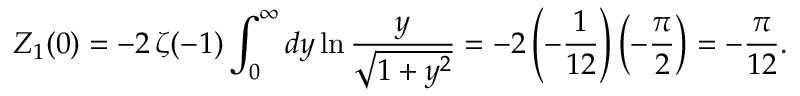
Z _ { 1 } ( 0 ) = - 2 \, \zeta ( - 1 ) \int _ { 0 } ^ { \infty } d y \ln \frac { y } { \sqrt { 1 + y ^ { 2 } } } = - 2 \left( - \frac { 1 } { 1 2 } \right) \left( - \frac { \pi } { 2 } \right) = - \frac { \pi } { 1 2 } .